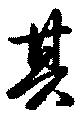
其